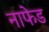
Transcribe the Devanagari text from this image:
नाफेड